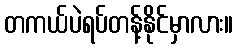
တကယ်ပဲရပ်တန့်နိုင်မှာလား။